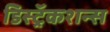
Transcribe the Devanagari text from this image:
डिस्ट्रॅकशन्स